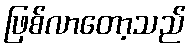
ဖြစ်လာတော့သည်